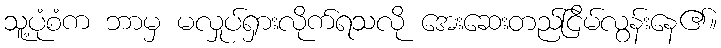
သူ့ပုံစံက ဘာမှ မလှုပ်ရှားလိုက်ရသလို အေးဆေးတည်ငြိမ်လွန်းနေ၏။